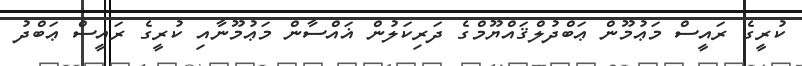
ކުރީގެ ރައީސް މަޢުމޫން ޢަބްދުލްޤައްޔޫމްގެ ދަރިކަލުން ޣައްސާން މަޢުމޫނާއި ކުރީގެ ރައީސް ޢަބްދު